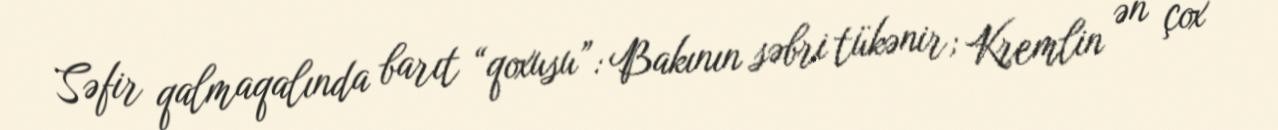
Səfir qalmaqalında barıt “qoxusu”: Bakının səbri tükənir; Kremlin ən çox